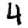
Digit: 4